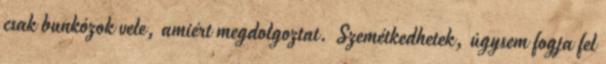
csak bunkózok vele, amiért megdolgoztat. Szemétkedhetek, úgysem fogja fel